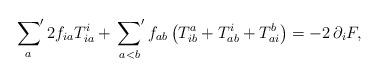
LaTeX: \begin{align*} \sideset{}{'}\sum_{a} 2f_{ia} T_{ia}^i + \sideset{}{'}\sum_{a<b} f_{ab} \left( T_{ib}^a + T_{ab}^i + T_{ai}^b \right) = -2\, \partial_i F,\end{align*}